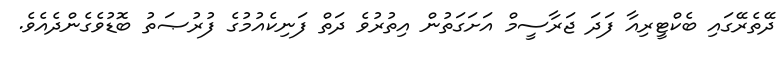
ދޭތެރޭގައި ބެކްޓީރިއާ ފަދަ ޖަރާސީމް އަށަގަތުން އިތުރުވެ ދަތް ފަނިކެއުމުގެ ފުރުޞަތު ބޮޑުވެގެންދެއެވެ.